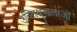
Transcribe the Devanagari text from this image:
उक्तिश्रृंखलाओं